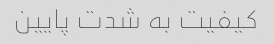
کیفیت به شدت پایین